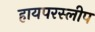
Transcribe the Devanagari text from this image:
हायपरस्लीप